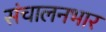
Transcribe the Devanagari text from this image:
संचालनभार